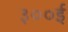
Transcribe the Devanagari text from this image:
३००ई